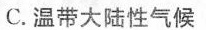
C.温带大陆性气候